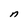
Character: n